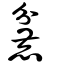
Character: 麄